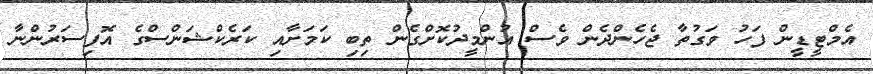
އެމްޓީޑީން ފަހު ވަގުތާ ޖެހެންދެން ވެސް އުންމީދުކޮށްގެން ތިބި ކަމަށާއި ކަރެކްޝަންސްގެ އޮފިސަރުންނާ